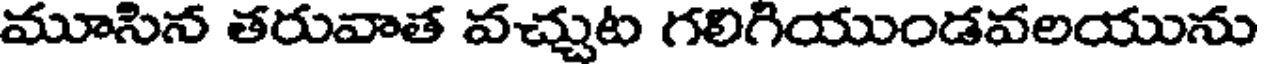
మూసిన తరువాత వచ్చుట గలిగియుండవలయును